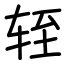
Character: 轾